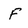
Character: F